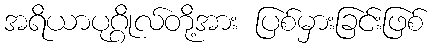
အရိယာပုဂ္ဂိုလ်တို့အား ပြစ်မှားခြင်းဖြစ်